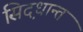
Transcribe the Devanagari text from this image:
सिद़धान्‍त